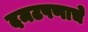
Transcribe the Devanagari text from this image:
दमटपणाचे